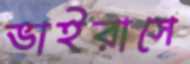
ভাইরাসে